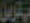
بہترین